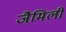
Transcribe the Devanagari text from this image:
जैमिली